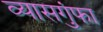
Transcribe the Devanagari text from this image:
व्यासगुंफा